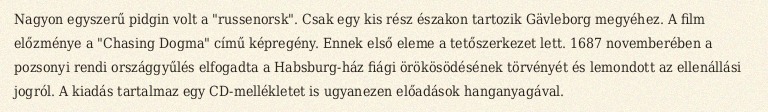
Nagyon egyszerű pidgin volt a "russenorsk". Csak egy kis rész északon tartozik Gävleborg megyéhez. A film előzménye a "Chasing Dogma" című képregény. Ennek első eleme a tetőszerkezet lett. 1687 novemberében a pozsonyi rendi országgyűlés elfogadta a Habsburg-ház fiági örökösödésének törvényét és lemondott az ellenállási jogról. A kiadás tartalmaz egy CD-mellékletet is ugyanezen előadások hanganyagával.